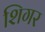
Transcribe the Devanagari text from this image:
शिगर